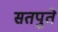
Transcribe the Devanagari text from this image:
सतपुते